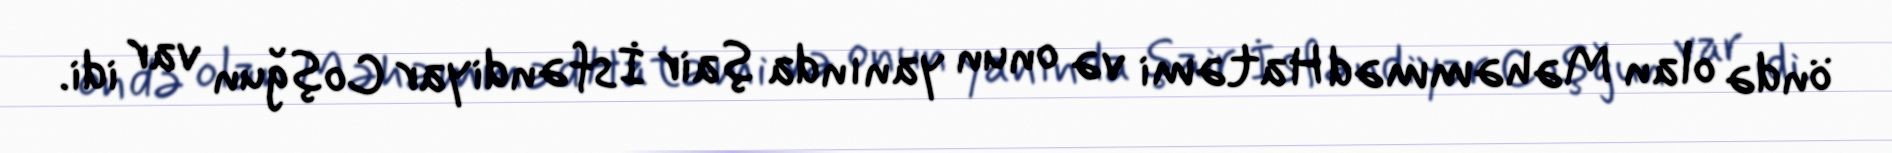
öndə olan Məhəmməd Hatəmi və onun yanında şair İsfəndiyar Coşğun var idi.